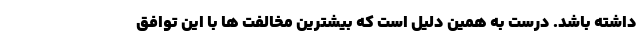
داشته باشد. درست به همین دلیل است که بیشترین مخالفت ها با این توافق